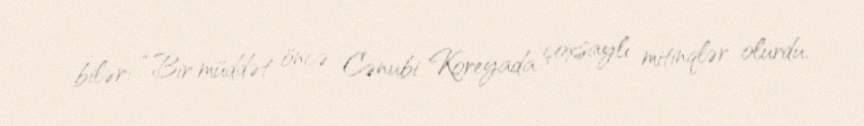
bilər: “Bir müddət öncə Cənubi Koreyada çoxsaylı mitinqlər olurdu.